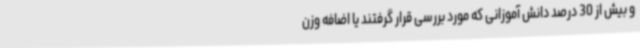
و بیش از 30 درصد دانش آموزانی که مورد بررسی قرار گرفتند یا اضافه وزن